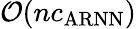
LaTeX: \mathcal{O}(nc_{\mathrm{ARNN}})